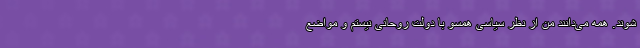
شوند. همه می‌دانند من از نظر سیاسی همسو با دولت روحانی نیستم و مواضع